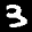
Label: 3